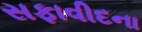
સફાવીદના